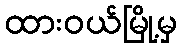
ထားဝယ်မြို့မှ